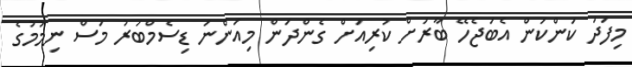
މިފަދަ ކަންކަން އެބަޖެހޭ ބާރަށް ކުރިއަށް ގެންދަން މިއަންނަ ޑިސެމްބަރު މަސް ނިމުމުގެ